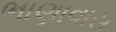
ભાણાવાસ